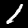
Label: 1